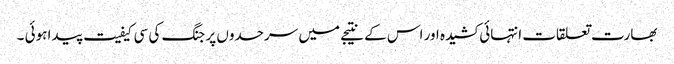
بھارت تعلقات انتہائی کشیدہ اور اس کے نتیجے میں سرحدوں پر جنگ کی سی کیفیت پیدا ہوئی ۔